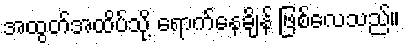
အထွတ်အထိပ်သို့ ရောက်နေချိန် ဖြစ်လေသည်။